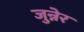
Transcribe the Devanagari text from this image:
जुन्नेर